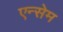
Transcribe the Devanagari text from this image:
एन्सेम